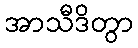
အာသီဒိတွာ